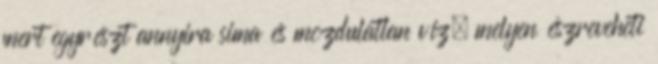
mert egyrészt annyira sima és mozdulatlan víz, melyen észreveheti